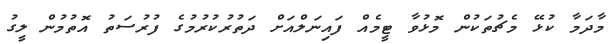
މާދަމާ ކުޅޭ މެޗުތަކުން މޮޅުވާ ޓީމެއް ފައިނަލްއަށް ދަތުރުކުރުމުގެ ފުރުސަތު އޮތުމުން ލީގު